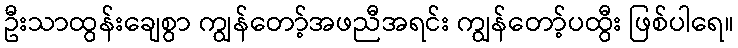
ဦးသာထွန်းချေစွာ ကျွန်တော့်အဖညီအရင်း ကျွန်တော့်ပထွီး ဖြစ်ပါရေ။